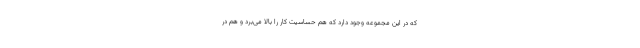
که در این مجموعه وجود دارد که هم حساسیت کار را بالا می‌برد و هم در